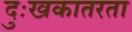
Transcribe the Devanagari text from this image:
दुःखकातरता